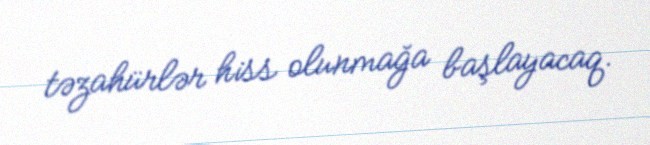
təzahürlər hiss olunmağa başlayacaq.